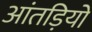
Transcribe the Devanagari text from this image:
आंतड़ियो